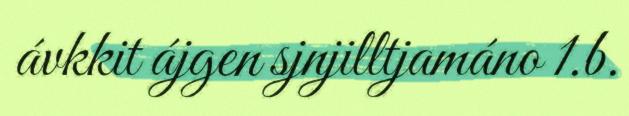
ávkkit ájgen sjnjilltjamáno 1.b.